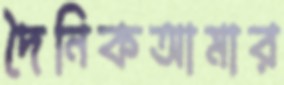
দৈনিকআমার